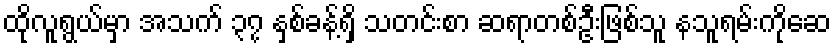
ထိုလူရွယ်မှာ အသက် ၃၇ နှစ်ခန့်ရှိ သတင်းစာ ဆရာတစ်ဦးဖြစ်သူ နသူရမ်းကိုဆေ